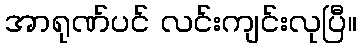
အာရုဏ်ပင် လင်းကျင်းလုပြီ။